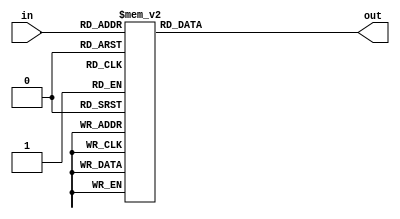
module Decoder5to32_32bits(
			input wire [4:0] in,
			output reg [31:0] out
	 );
	 always @(*)
	 begin
	 case(in)
	 5'b00000 : out = 32'b00000000000000000000000000000001;
	 5'b00001 : out = 32'b00000000000000000000000000000010;
	 5'b00010 : out = 32'b00000000000000000000000000000100;
	 5'b00011 : out = 32'b00000000000000000000000000001000;
	 5'b00100 : out = 32'b00000000000000000000000000010000;
	 5'b00101 : out = 32'b00000000000000000000000000100000;
	 5'b00110 : out = 32'b00000000000000000000000001000000;
	 5'b00111 : out = 32'b00000000000000000000000010000000;
	 5'b01000 : out = 32'b00000000000000000000000100000000;
	 5'b01001 : out = 32'b00000000000000000000001000000000;
	 5'b01010 : out = 32'b00000000000000000000010000000000;
	 5'b01011 : out = 32'b00000000000000000000100000000000;
	 5'b01100 : out = 32'b00000000000000000001000000000000;
	 5'b01101 : out = 32'b00000000000000000010000000000000;
	 5'b01110 : out = 32'b00000000000000000100000000000000;
	 5'b01111 : out = 32'b00000000000000001000000000000000;
	 5'b10000 : out = 32'b00000000000000010000000000000000;
	 5'b10001 : out = 32'b00000000000000100000000000000000;
	 5'b10010 : out = 32'b00000000000001000000000000000000;
	 5'b10011 : out = 32'b00000000000010000000000000000000;
	 5'b10100 : out = 32'b00000000000100000000000000000000;
	 5'b10101 : out = 32'b00000000001000000000000000000000;
	 5'b10110 : out = 32'b00000000010000000000000000000000;
	 5'b10111 : out = 32'b00000000100000000000000000000000;
	 5'b11000 : out = 32'b00000001000000000000000000000000;
	 5'b11001 : out = 32'b00000010000000000000000000000000;
	 5'b11010 : out = 32'b00000100000000000000000000000000;
	 5'b11011 : out = 32'b00001000000000000000000000000000;
	 5'b11100 : out = 32'b00010000000000000000000000000000;
	 5'b11101 : out = 32'b00100000000000000000000000000000;
	 5'b11110 : out = 32'b01000000000000000000000000000000;
	 5'b11111 : out = 32'b10000000000000000000000000000000;
	 default  : out = 32'bXXXXXXXXXXXXXXXXXXXXXXXXXXXXXXXX; 
	 
	
	 
	 
	 endcase
	 
	 end
	 


endmodule